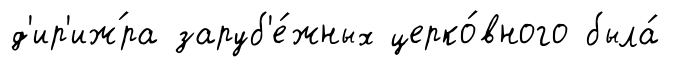
д'ир'иж́ра заруб'е́жных церко́вного была́